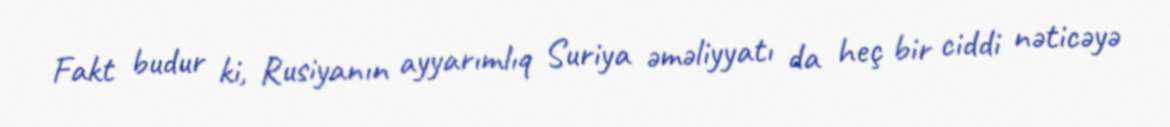
Fakt budur ki, Rusiyanın ayyarımlıq Suriya əməliyyatı da heç bir ciddi nəticəyə